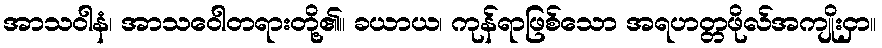
အာသဝါနံ၊ အာသဝေါတရားတို့၏။ ခယာယ၊ ကုန်ရာဖြစ်သော အရဟတ္တဖိုလ်အကျိုးငှာ။